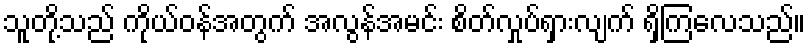
သူတို့သည် ကိုယ်ဝန်အတွက် အလွန်အမင်း စိတ်လှုပ်ရှားလျက် ရှိကြလေသည်။